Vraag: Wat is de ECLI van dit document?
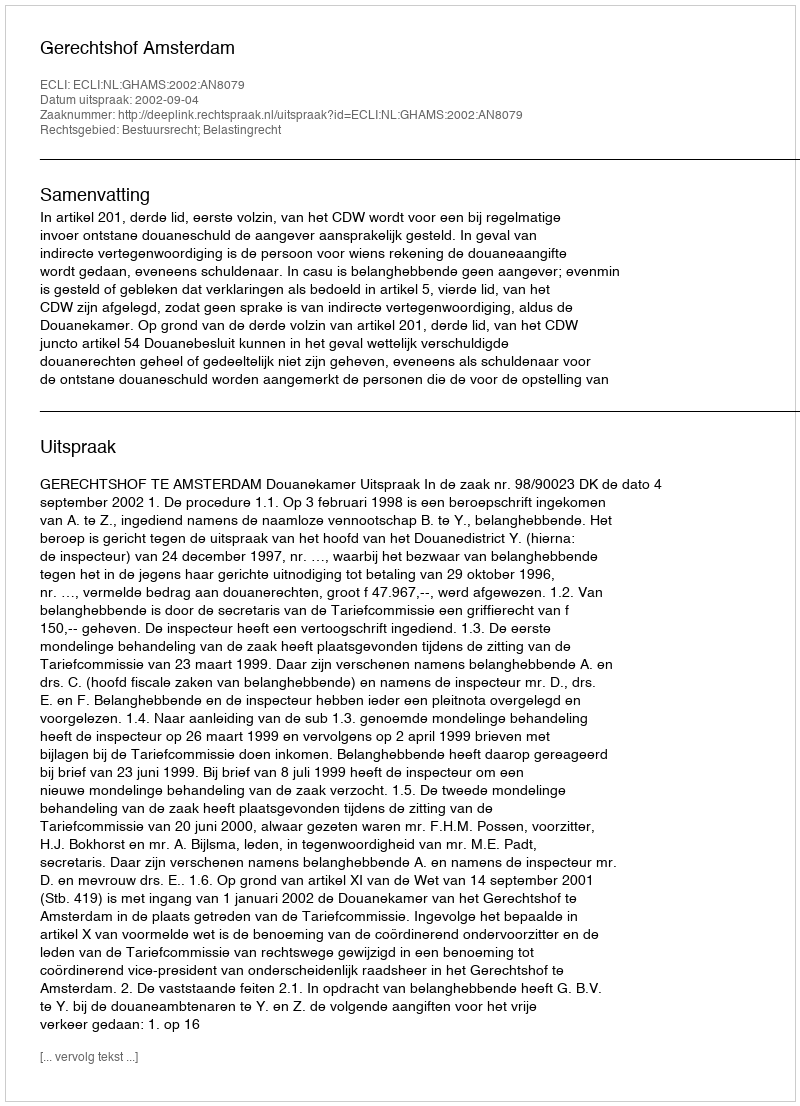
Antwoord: ECLI:NL:GHAMS:2002:AN8079